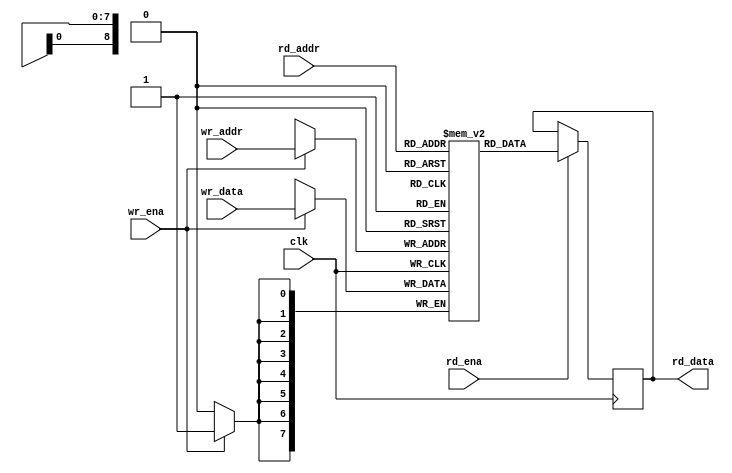
// This program was cloned from: https://github.com/tinyvision-ai-inc/Vision-FPGA-SoM
// License: MIT License

/*
 * ram_sdp.v
 *
 * vim: ts=4 sw=4
 *
 * Copyright (C) 2019  Sylvain Munaut <tnt@246tNt.com>
 * All rights reserved.
 *
 * BSD 3-clause, see LICENSE.bsd
 *
 * Redistribution and use in source and binary forms, with or without
 * modification, are permitted provided that the following conditions are met:
 *     * Redistributions of source code must retain the above copyright
 *       notice, this list of conditions and the following disclaimer.
 *     * Redistributions in binary form must reproduce the above copyright
 *       notice, this list of conditions and the following disclaimer in the
 *       documentation and/or other materials provided with the distribution.
 *     * Neither the name of the <organization> nor the
 *       names of its contributors may be used to endorse or promote products
 *       derived from this software without specific prior written permission.
 *
 * THIS SOFTWARE IS PROVIDED BY THE COPYRIGHT HOLDERS AND CONTRIBUTORS "AS IS" AND
 * ANY EXPRESS OR IMPLIED WARRANTIES, INCLUDING, BUT NOT LIMITED TO, THE IMPLIED
 * WARRANTIES OF MERCHANTABILITY AND FITNESS FOR A PARTICULAR PURPOSE ARE
 * DISCLAIMED. IN NO EVENT SHALL <COPYRIGHT HOLDER> BE LIABLE FOR ANY
 * DIRECT, INDIRECT, INCIDENTAL, SPECIAL, EXEMPLARY, OR CONSEQUENTIAL DAMAGES
 * (INCLUDING, BUT NOT LIMITED TO, PROCUREMENT OF SUBSTITUTE GOODS OR SERVICES;
 * LOSS OF USE, DATA, OR PROFITS; OR BUSINESS INTERRUPTION) HOWEVER CAUSED AND
 * ON ANY THEORY OF LIABILITY, WHETHER IN CONTRACT, STRICT LIABILITY, OR TORT
 * (INCLUDING NEGLIGENCE OR OTHERWISE) ARISING IN ANY WAY OUT OF THE USE OF THIS
 * SOFTWARE, EVEN IF ADVISED OF THE POSSIBILITY OF SUCH DAMAGE.
 */

`default_nettype none

module ram_sdp #(
	parameter integer AWIDTH = 9,
	parameter integer DWIDTH = 8
)(
	input  wire [AWIDTH-1:0] wr_addr,
	input  wire [DWIDTH-1:0] wr_data,
	input  wire wr_ena,

	input  wire [AWIDTH-1:0] rd_addr,
	output reg  [DWIDTH-1:0] rd_data,
	input  wire rd_ena,

	input  wire clk
);
	// Signals
	reg [DWIDTH-1:0] ram [(1<<AWIDTH)-1:0];

`ifdef SIM
	integer i;
	initial
		for (i=0; i<(1<<AWIDTH); i=i+1)
			ram[i] = 0;
`endif

	always @(posedge clk)
	begin
		// Read
		if (rd_ena)
			rd_data <= ram[rd_addr];

		// Write
		if (wr_ena)
			ram[wr_addr] <= wr_data;
	end

endmodule // ram_sdp